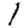
Digit: 1